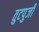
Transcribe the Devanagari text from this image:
तुटपुजी